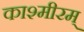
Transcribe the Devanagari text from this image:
काश्मीरम्